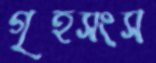
গৃহসংস